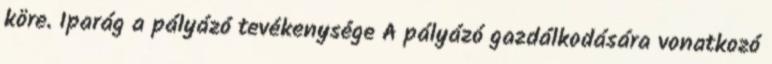
köre. Iparág a pályázó tevékenysége A pályázó gazdálkodására vonatkozó